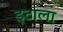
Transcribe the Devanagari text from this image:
इटाला